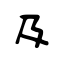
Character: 及